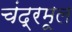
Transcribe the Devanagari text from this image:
चंद्रमूल